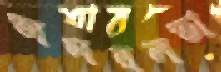
অসরলতা